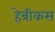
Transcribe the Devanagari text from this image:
हेन्रीकस